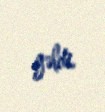
gəldi.